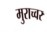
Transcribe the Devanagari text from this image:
मुराच्वर